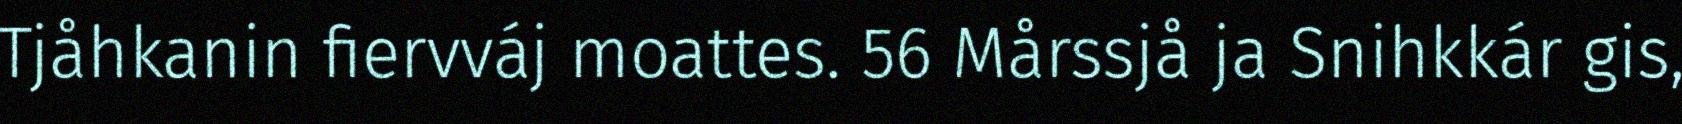
Tjåhkanin fiervváj moattes. 56 Mårssjå ja Snihkkár gis,